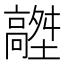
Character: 𩫟